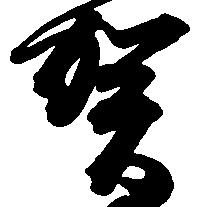
賀